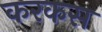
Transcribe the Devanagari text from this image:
करकस